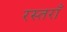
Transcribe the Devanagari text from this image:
रस्तराँ